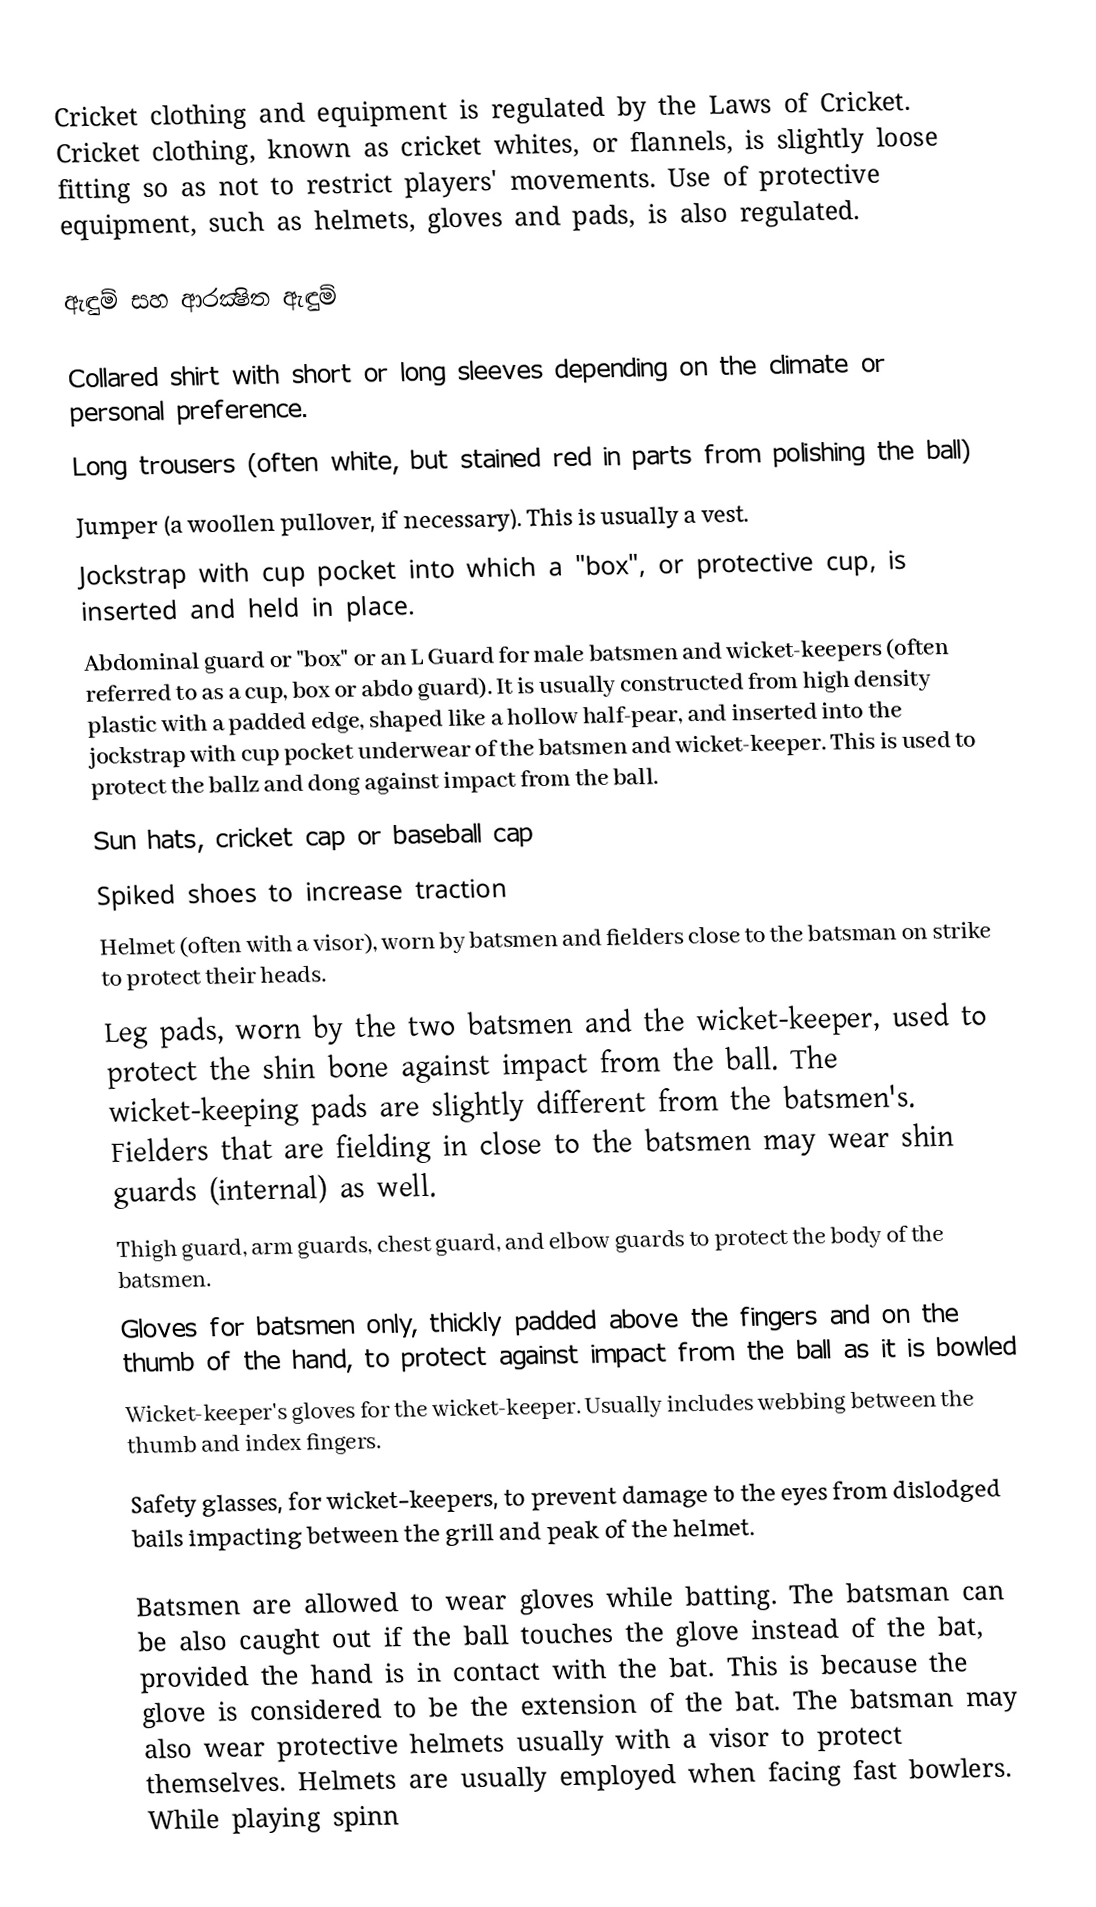
Cricket clothing and equipment is regulated by the Laws of Cricket. Cricket clothing, known as cricket whites, or flannels, is slightly loose fitting so as not to restrict players' movements. Use of protective equipment, such as helmets, gloves and pads, is also regulated.

ඇඳුම් සහ ආරක්‍ෂිත ඇඳුම්

 Collared shirt with short or long sleeves depending on the climate or personal preference.
 Long trousers (often white, but stained red in parts from polishing the ball)
 Jumper (a woollen pullover, if necessary). This is usually a vest.
 Jockstrap with cup pocket into which a "box", or protective cup, is inserted and held in place.
 Abdominal guard or "box" or an L Guard for male batsmen and wicket-keepers (often referred to as a cup, box or abdo guard). It is usually constructed from high density plastic with a padded edge, shaped like a hollow half-pear, and inserted into the jockstrap with cup pocket underwear of the batsmen and wicket-keeper. This is used to protect the ballz and dong against impact from the ball.
 Sun hats, cricket cap or baseball cap
 Spiked shoes to increase traction
 Helmet (often with a visor), worn by batsmen and fielders close to the batsman on strike to protect their heads.
 Leg pads, worn by the two batsmen and the wicket-keeper, used to protect the shin bone against impact from the ball. The wicket-keeping pads are slightly different from the batsmen's. Fielders that are fielding in close to the batsmen may wear shin guards (internal) as well.
 Thigh guard, arm guards, chest guard, and elbow guards to protect the body of the batsmen.
 Gloves for batsmen only, thickly padded above the fingers and on the thumb of the hand, to protect against impact from the ball as it is bowled
 Wicket-keeper's gloves for the wicket-keeper. Usually includes webbing between the thumb and index fingers.
 Safety glasses, for wicket-keepers, to prevent damage to the eyes from dislodged bails impacting between the grill and peak of the helmet.

Batsmen are allowed to wear gloves while batting. The batsman can be also caught out if the ball touches the glove instead of the bat, provided the hand is in contact with the bat. This is because the glove is considered to be the extension of the bat. The batsman may also wear protective helmets usually with a visor to protect themselves. Helmets are usually employed when facing fast bowlers. While playing spinn